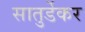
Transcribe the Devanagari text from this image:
सातुर्डेकर